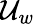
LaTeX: \mathcal{U}_{w}